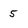
Character: 5